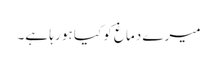
میرے دماغ کو کیا ہو رہا ہے۔